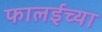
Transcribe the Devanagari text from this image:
फालईच्या